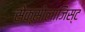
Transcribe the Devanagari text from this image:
सेक्सोलाजिस्ट